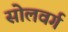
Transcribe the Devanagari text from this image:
सोलवर्ग